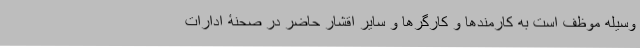
وسیله موظف است به کارمندها و کارگرها و سایر اقشار حاضر در صحنۀ ادارات